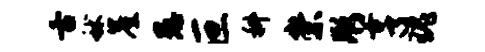
舌秫崖愚叵科崇彤亨瑰